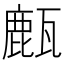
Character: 㼾